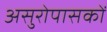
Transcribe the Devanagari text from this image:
असुरोपासकों